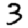
Digit: 3